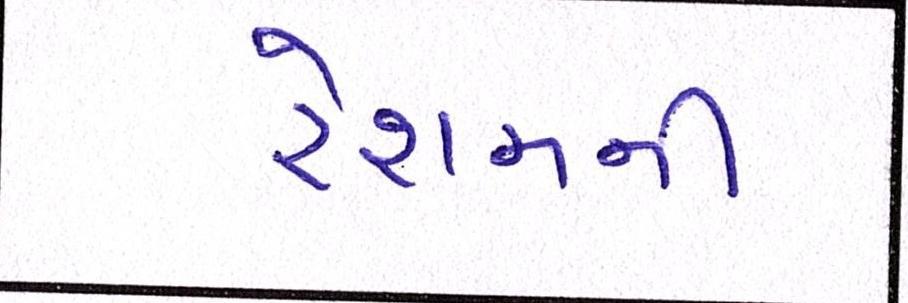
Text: રેશમની